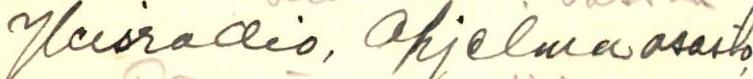
Yleisradio, ohjelmaosasto,